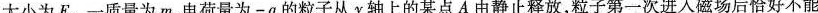
大小为E。一质量为m、电荷量为-q的粒子从y轴上的某点A由静止释放，粒子第一次进入磁场后恰好不能